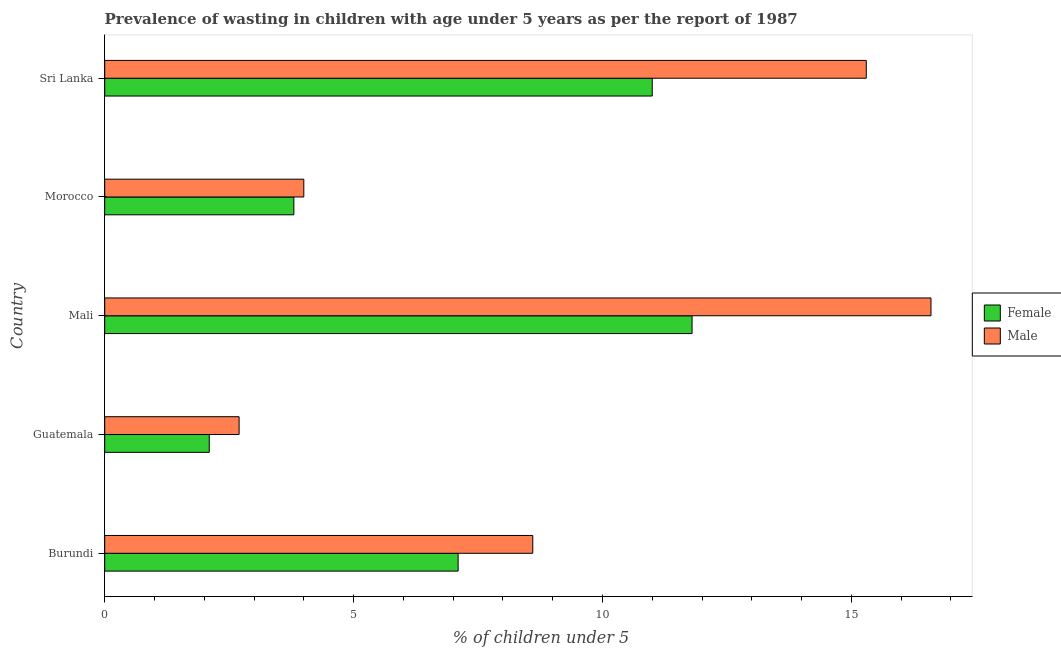
| Country | Female | Male |
 | --- | --- | --- |
 | Burundi | 7.1 | 8.6 |
 | Guatemala | 2.1 | 2.7 |
 | Mali | 11.8 | 16.6 |
 | Morocco | 3.8 | 4 |
 | Sri Lanka | 11 | 15.3 |